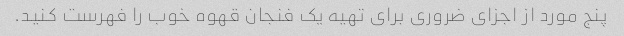
پنج مورد از اجزای ضروری برای تهیه یک فنجان قهوه خوب را فهرست کنید.